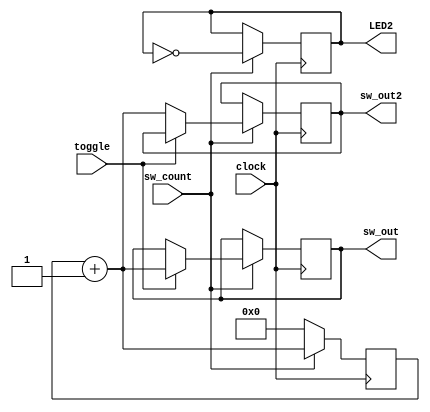
module counter_holdvalue_double (sw_count, sw_out2, clock, sw_out, toggle, LED2);

input clock, sw_count, toggle;
output reg LED2;
output reg [5:0] sw_out;
output reg [5:0] sw_out2;
reg [5:0] intr;

always@(posedge clock)
begin
if (sw_count) begin 
intr=intr+1;
LED2=!LED2;
if (toggle)
sw_out=intr;

else if (!toggle)
sw_out2=intr;
end

else begin
intr=6'b0;

end


end



endmodule